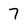
Character: 7